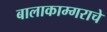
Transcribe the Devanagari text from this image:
बालाकाम्गराचे